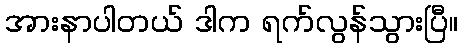
အားနာပါတယ် ဒါက ရက်လွန်သွားပြီ။